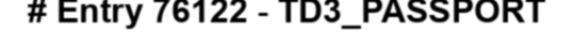
# Entry 76122 - TD3_PASSPORT